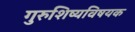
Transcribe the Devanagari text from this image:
गुरुशिष्यविषयक